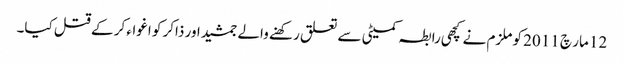
12 مار چ 2011 کو ملزم نے کچھی رابطہ کمیٹی سے تعلق رکھنے والے جمشید اور ذاکر کو اغواء کر کے قتل کیا۔